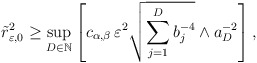
\begin{align*}\tilde r^2_{\varepsilon,0} \geq \sup_{D \in \mathbb{N}} \left[c_{\alpha,\beta}\,\varepsilon^2 \sqrt{\sum_{j=1}^D b_j^{-4}} \wedge a_D^{-2} \right],\end{align*}